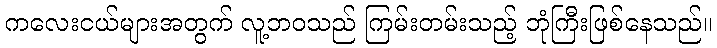
ကလေးငယ်များအတွက် လူ့ဘဝသည် ကြမ်းတမ်းသည့် ဘုံကြီးဖြစ်နေသည်။